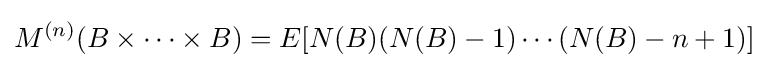
M^{(n)}(B\times \cdots \times B)=E[{N}(B)({N}(B)-1)\cdots ({N}(B)-n+1)]